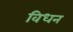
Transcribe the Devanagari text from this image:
विधन